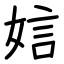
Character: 娮